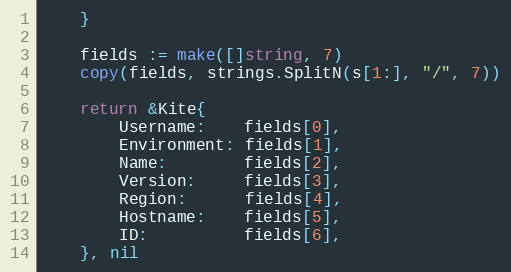
Language: Go
	}

	fields := make([]string, 7)
	copy(fields, strings.SplitN(s[1:], "/", 7))

	return &Kite{
		Username:    fields[0],
		Environment: fields[1],
		Name:        fields[2],
		Version:     fields[3],
		Region:      fields[4],
		Hostname:    fields[5],
		ID:          fields[6],
	}, nil